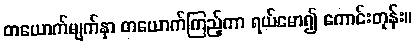
တယောက်မျက်နှာ တယောက်ကြည့်ကာ ရယ်မော၍ ကောင်းတုန်း။